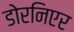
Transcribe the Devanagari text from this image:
डोरनिएर